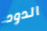
الدود